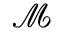
\mathcal { M }